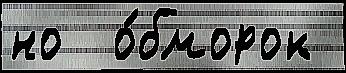
но  о́бморок